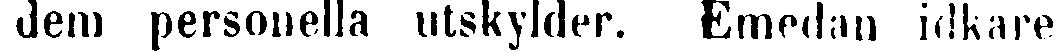
dem personella utskylder. Emedan idkare